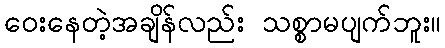
ဝေးနေတဲ့အချိန်လည်း သစ္စာမပျက်ဘူး။